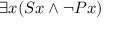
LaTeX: \exists x ( S x \land \neg P x )